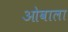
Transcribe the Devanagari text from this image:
ओवाला